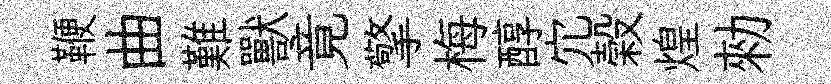
鞭曲難獸竟擎梅醇宂榖煌勑